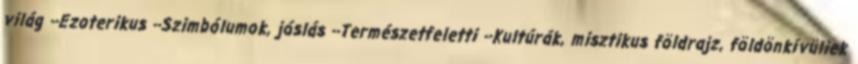
világ --Ezoterikus --Szimbólumok, jóslás --Természetfeletti --Kultúrák, misztikus földrajz, földönkívüliek